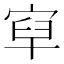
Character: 𡨯